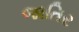
જાતિર